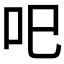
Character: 𱒄